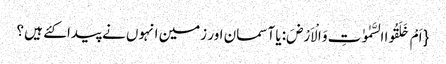
{ اَمْ خَلَقُوا السَّمٰوٰتِ وَ الْاَرْضَ: یا آسمان اور زمین انہوں نے پیدا کئے ہیں ؟